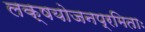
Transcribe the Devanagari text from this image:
लक्षयोजनप्रमिताः